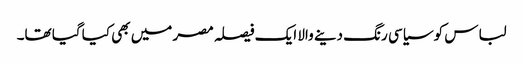
لباس کو سیاسی رنگ دینے والا ایک فیصلہ مصر میں بھی کیا گیا تھا۔